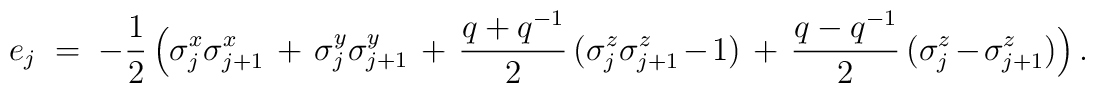
e_j \;=\; -\frac12\,\Bigl(\sigma_j^x\sigma_{j+1}^x \;+\;\sigma^y_j\sigma_{j+1}^y \;+\;\frac{q+q^{-1}}2\,(\sigma^z_j\sigma^z_{j+1}-1) \;+\;\frac{q-q^{-1}}2\,(\sigma^z_j-\sigma^z_{j+1}) \Bigr)\,.